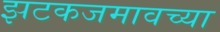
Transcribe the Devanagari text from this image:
झटकजमावच्या